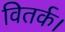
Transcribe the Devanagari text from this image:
वितर्क।